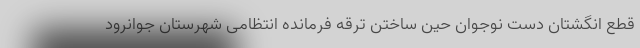
قطع انگشتان دستِ نوجوان حین ساختن ترقه فرمانده انتظامی شهرستان جوانرود